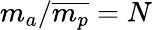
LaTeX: m_{a}/\overline{{m_{p}}}=N